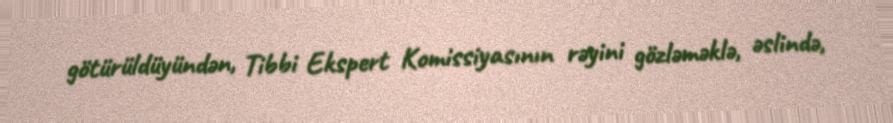
götürüldüyündən, Tibbi Ekspert Komissiyasının rəyini gözləməklə, əslində,